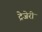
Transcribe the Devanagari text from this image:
ट्रेजेरी